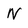
Character: N